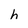
Character: h